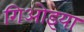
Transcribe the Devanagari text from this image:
गिओइया